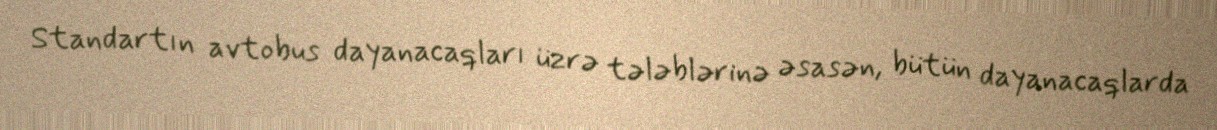
Standartın avtobus dayanacaqları üzrə tələblərinə əsasən, bütün dayanacaqlarda